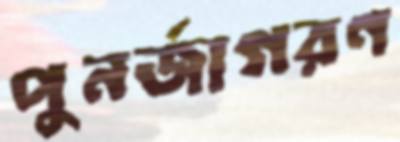
পুনর্জাগরণ